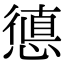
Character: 憄